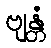
ဗျန္တံ